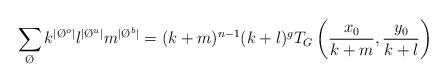
LaTeX: \begin{align*} \sum_{\O} k^{|\O^{o}|} l^{|\O^{u}|} m^{|\O^{b}|} = (k+m)^{n-1}(k+l)^{g} T_G\left(\frac{x_0}{k+m},\frac{y_0}{k+l}\right)\end{align*}